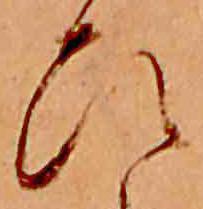
ひ